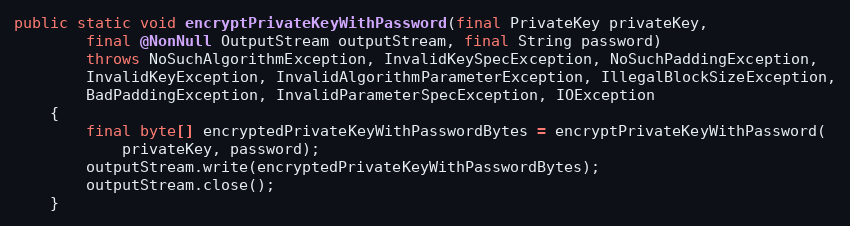
Language: Java
public static void encryptPrivateKeyWithPassword(final PrivateKey privateKey,
		final @NonNull OutputStream outputStream, final String password)
		throws NoSuchAlgorithmException, InvalidKeySpecException, NoSuchPaddingException,
		InvalidKeyException, InvalidAlgorithmParameterException, IllegalBlockSizeException,
		BadPaddingException, InvalidParameterSpecException, IOException
	{
		final byte[] encryptedPrivateKeyWithPasswordBytes = encryptPrivateKeyWithPassword(
			privateKey, password);
		outputStream.write(encryptedPrivateKeyWithPasswordBytes);
		outputStream.close();
	}